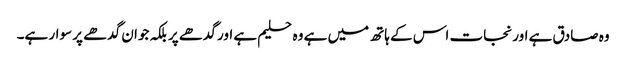
وہ صادق ہے اور نجات اس کے ہاتھ میں ہے وہ حلیم ہے اور گدھے پر بلکہ جوان گدھے پر سوار ہے۔